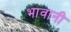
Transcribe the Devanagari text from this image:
भावानी